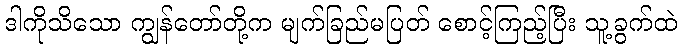
ဒါကိုသိသော ကျွန်တော်တို့က မျက်ခြည်မပြတ် စောင့်ကြည့်ပြီး သူ့ခွက်ထဲ